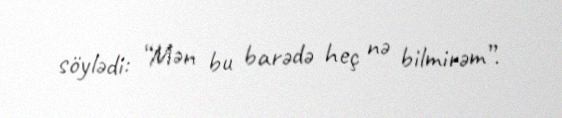
söylədi: “Mən bu barədə heç nə bilmirəm”.